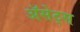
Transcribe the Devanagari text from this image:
ॲसेट्स